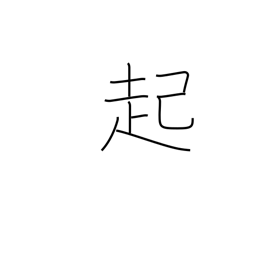
Meaning: rouse